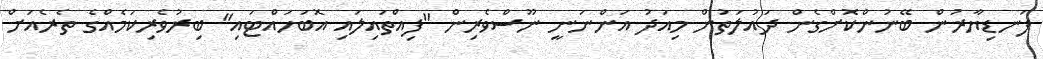
ފަނޑިޔާރުން ބޭނުންކޮށްގެން ދައުލަތުން މިއަދު އަންނަނީ ނޫސްވެރިން "ފިއްތައިލައި އޮބަހައްޓައި" ބިރުވެރިކަމެއްގެ ތެރެއަށް